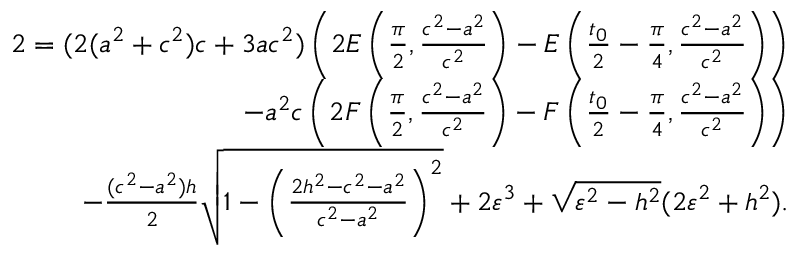
\begin{array} { r } { 2 = ( 2 ( a ^ { 2 } + c ^ { 2 } ) c + 3 a c ^ { 2 } ) \left( 2 E \left( { \frac { \pi } { 2 } } , { \frac { c ^ { 2 } - a ^ { 2 } } { c ^ { 2 } } } \right) - E \left( \frac { t _ { 0 } } { 2 } - \frac { \pi } { 4 } , { \frac { c ^ { 2 } - a ^ { 2 } } { c ^ { 2 } } } \right) \right) } \\ { - a ^ { 2 } c \left( 2 F \left( { \frac { \pi } { 2 } } , { \frac { c ^ { 2 } - a ^ { 2 } } { c ^ { 2 } } } \right) - F \left( \frac { t _ { 0 } } { 2 } - \frac { \pi } { 4 } , { \frac { c ^ { 2 } - a ^ { 2 } } { c ^ { 2 } } } \right) \right) } \\ { - \frac { ( c ^ { 2 } - a ^ { 2 } ) h } { 2 } \sqrt { 1 - \left( \frac { 2 h ^ { 2 } - c ^ { 2 } - a ^ { 2 } } { c ^ { 2 } - a ^ { 2 } } \right) ^ { 2 } } + 2 \varepsilon ^ { 3 } + \sqrt { \varepsilon ^ { 2 } - h ^ { 2 } } ( 2 \varepsilon ^ { 2 } + h ^ { 2 } ) . } \end{array}